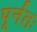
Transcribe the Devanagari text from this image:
पूर्नतः